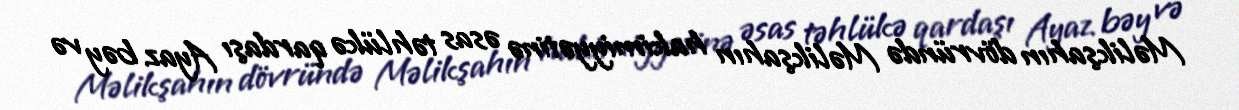
Məlikşahın dövründə Məlikşahın hakimiyyətinə əsas təhlükə qardaşı Ayaz bəy və